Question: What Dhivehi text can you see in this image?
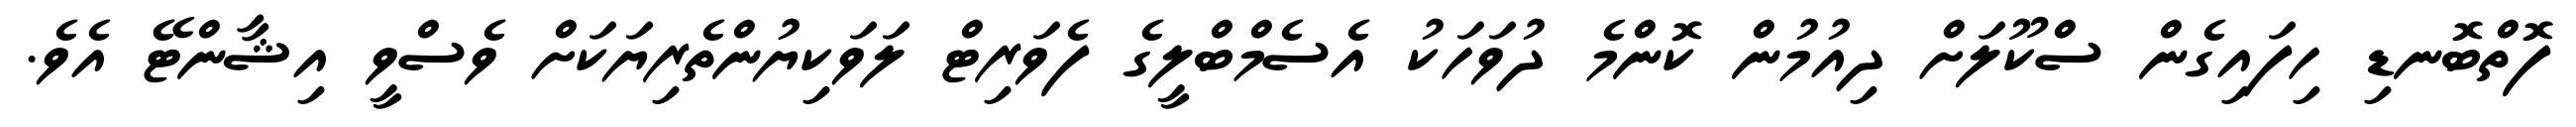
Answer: ފޮތްބޮނޑި ހިފައިގެން ސްކޫލަށް ދިއުމުން ކޮންމެ ދުވަހަކު އެސެމްބްލީގެ ފެވަރިޓް ލަވަކިޔުންތެރިޔަކަށް ވެސްވީ އިޝާންޓޭ އެވެ.